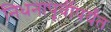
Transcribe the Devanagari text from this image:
निधनापूर्वीपर्यंत